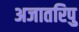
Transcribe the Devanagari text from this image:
अजातरिपु